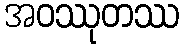
အဝဿုတဿ